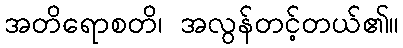
အတိရောစတိ၊ အလွန်တင့်တယ်၏။